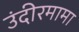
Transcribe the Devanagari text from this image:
उंदीरमामा